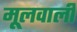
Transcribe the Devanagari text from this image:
मूलवाली